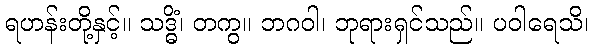
ရဟန်းတို့နှင့်။ သဒ္ဓိံ၊ တကွ။ ဘဂဝါ၊ ဘုရားရှင်သည်။ ပဝါရေသိ၊